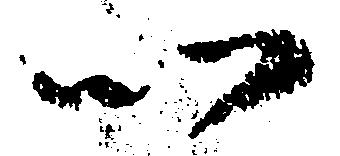
以